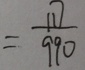
= \frac { 1 1 7 } { 9 9 0 }